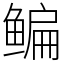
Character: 鳊